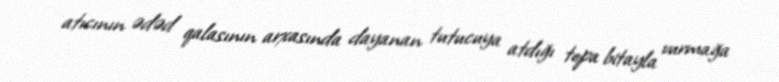
atıcının ədəd qalasının arxasında dayanan tutucuya atdığı topa bitayla vurmağa